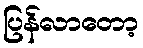
ပြန်လာတော့